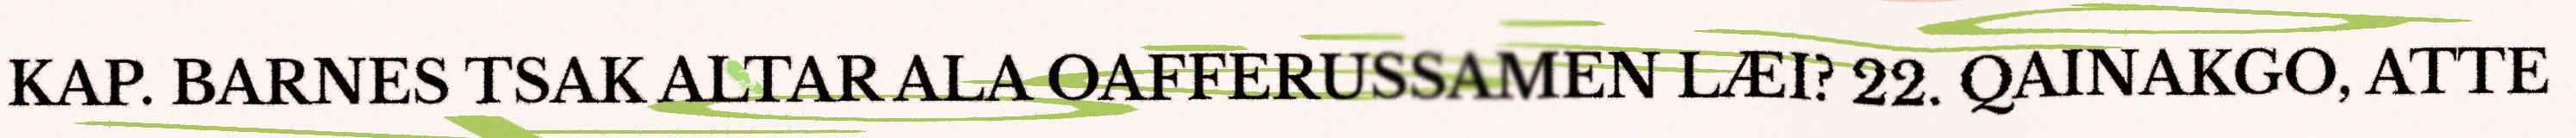
KAP. BARNES TSAK ALTAR ALA OAFFERUSSAMEN LÆI? 22. QAINAKGO, ATTE